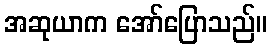
အဆုယာက အော်ပြောသည်။